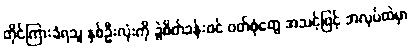
တိုင်ကြားခံရသူ နှစ်ဦးလုံးကို ခွဲစိတ်ခန်းဝင် ဝတ်စုံတွေ အသင့်ဖြင့် အလုပ်ထဲမှာ